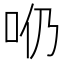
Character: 𠯹